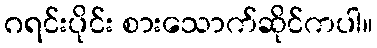
ဂရင်းပိုင်း စားသောက်ဆိုင်ကပါ။